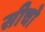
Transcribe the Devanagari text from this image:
सीचो